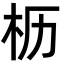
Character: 枥